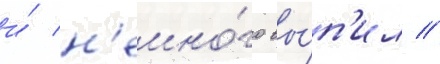
и́ н'емно́го вы́п'ил //